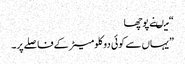
“ میںنے پوچھا
”یہاں سے کوئی دو کلومیٹر کے فاصلے پر۔